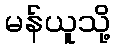
မန်ယူသို့